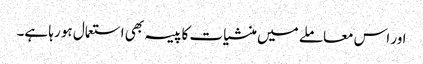
اور اس معاملے میں منشیات کا پیسہ بھی استعمال ہو رہا ہے۔